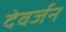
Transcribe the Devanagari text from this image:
देवर्जन